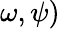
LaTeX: \omega,\psi)